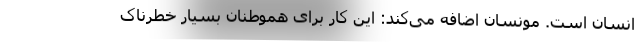
انسان‌ است. مونسان اضافه می‌کند: این کار برای هموطنان بسیار خطرناک